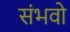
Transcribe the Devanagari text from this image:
संभवो